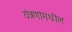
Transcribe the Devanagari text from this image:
यंत्रणांमधील